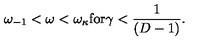
\omega _ { - 1 } < \omega < \omega _ { \kappa } \mathrm { f o r } \gamma < \frac { 1 } { ( D - 1 ) } .